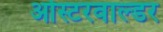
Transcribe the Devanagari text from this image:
ओस्टरवाल्डर